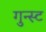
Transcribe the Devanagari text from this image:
गुन्स्ट